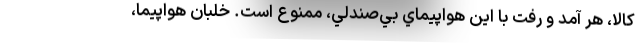
كالا، هر آمد و رفت با اين هواپيماي بي‌صندلي، ممنوع است. خلبان هواپيما،